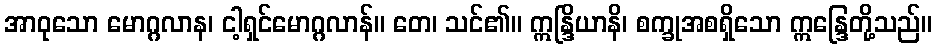
အာဝုသော မောဂ္ဂလာန၊ ငါ့ရှင်မောဂ္ဂလာန်။ တေ၊ သင်၏။ ဣန္ဒြိယာနိ၊ စက္ခုအစရှိသော ဣန္ဒြေတို့သည်။